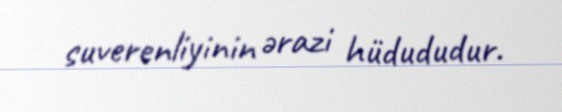
suverenliyinin ərazi hüdududur.